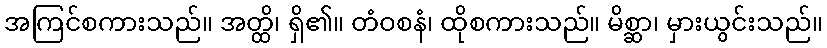
အကြင်စကားသည်။ အတ္ထိ၊ ရှိ၏။ တံဝစနံ၊ ထိုစကားသည်။ မိစ္ဆာ၊ မှားယွင်းသည်။